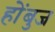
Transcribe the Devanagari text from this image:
होंबुज